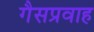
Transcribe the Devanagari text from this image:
गैसप्रवाह